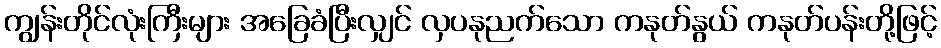
ကျွန်းတိုင်လုံးကြီးများ အခြေခံပြီးလျှင် လှပနုညက်သော ကနုတ်နွယ် ကနုတ်ပန်းတို့ဖြင့်